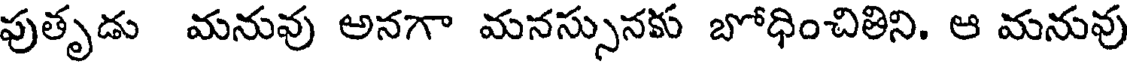
పుతృడు మనువు అనగా మనస్సునకు బోధించితిని. ఆ మనువు